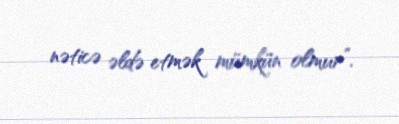
nəticə əldə etmək mümkün olmur”.